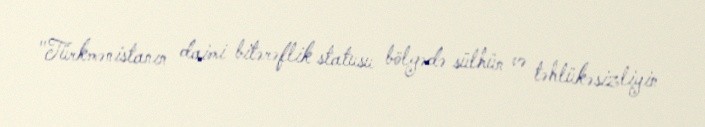
"Türkmənistanın daimi bitərəflik statusu bölgədə sülhün və təhlükəsizliyin